King Institute of Preventive Medicine Micro-Biological Section reports 1909-11
Year: 1909
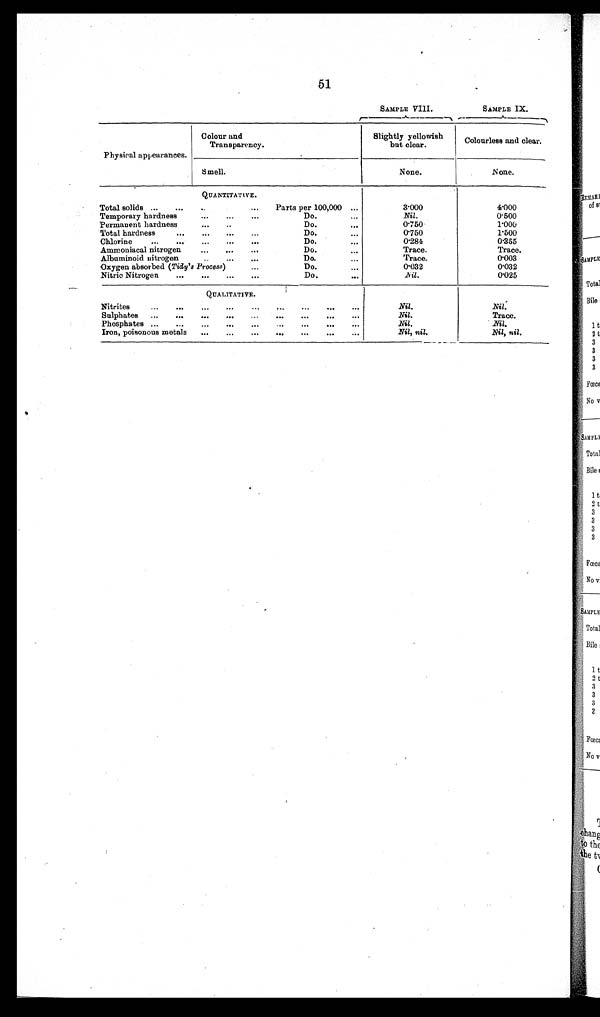
51
Physical appearances.
Colour and
Transparency.
SAMPLE VIII.
SAMPLE IX.
Slightly yellowish
but clear.
Colourless and clear.
Smell.
None.
None.
QUANTITATIVE.
Total solids ... ...
... ...
Parts per 100,000 ...
3.000
4.000
Temporary hardness
...
... ...
Do.
...
Nil.
0.500
Permanent hardness
... ..
Do.
. . .
0.750
1.000
Total hardness
... ...
...
...
Do.
...
0.750
1.500
Chlorine
...
...
...
...
...
Do.
...
0.284
0.355
Ammoniacal nitrogen
...
...
...
Do.
...
Trace.
Trace.
Albuminoid nitrogen.
. . .
Do.
. . .
Trace.
0 . 0 0 3
Oxygen absorbed ( Tidy's Process) ...
Do.
...
0.032
0 . 0 3 2
Nitric Nitrogen ... ... ...
...
Do.
. . .
N i l
.
0 . 0 2 5
QUALITATIVE.
Nitrites
...
...
...
... ...
...
...
...
...
Nil.
Nil
Sulphates ... ... ... ... ...
...
...
...
...
Nil.
Trace.
Phosphates ...
...
...
...
...
...
...
...
...
Nil.
N i l
.
Iron, poisonous metals ...
...
... ...
...
...
...
Nil, nil.
Nil, nil.